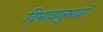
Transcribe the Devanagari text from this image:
विभावानुभावों